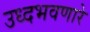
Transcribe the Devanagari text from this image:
उध्दभवणारे